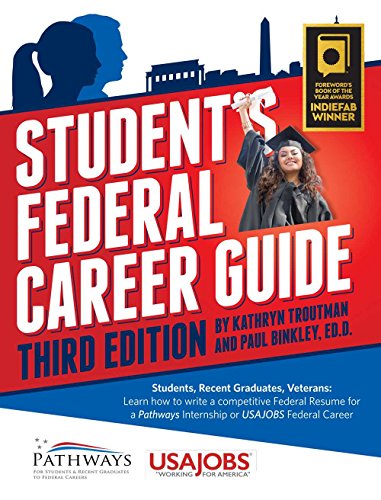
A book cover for Student's Federal Career Guide: Students, Recent Graduates, Veterans- Learn How to Write a Competitive Federal Resume for a Pathways Internship for USAJOBS Federal Careers; Kathryn Troutman; Business & Money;